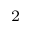
^ { 2 }